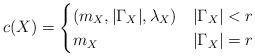
LaTeX: \begin{align*}c (X)=\begin{cases}(m_X, |\Gamma_X|, \lambda_X)& |\Gamma_X|< r\\m_X& |\Gamma_X|=r\end{cases}\end{align*}